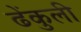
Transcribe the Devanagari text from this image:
ढेंकुली